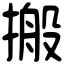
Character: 搬